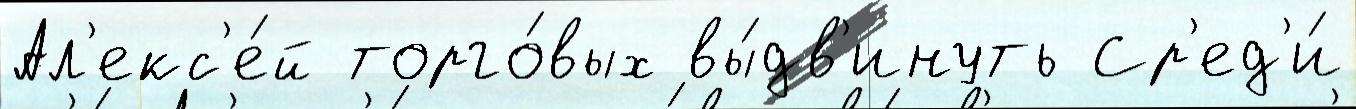
Ал'екс'е́й торго́вых вы́дв'инуть Ср'ед'и́